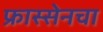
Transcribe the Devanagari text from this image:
फ्रास्सेनचा